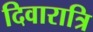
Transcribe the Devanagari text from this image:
दिवारात्रि